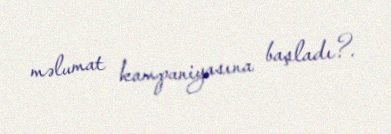
məlumat kampaniyasına başladı?.